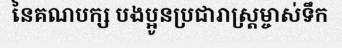
នៃគណបក្ស បងប្អូនប្រជារាស្ត្រម្ចាស់ទឹក